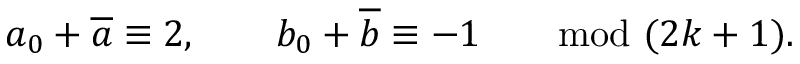
a _ { 0 } + { \overline { { a } } } \equiv 2 , \qquad b _ { 0 } + { \overline { { b } } } \equiv - 1 \qquad \mathrm { m o d } \ ( 2 k + 1 ) .